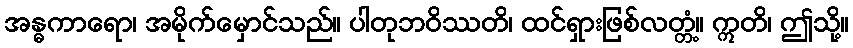
အန္ဓကာရော၊ အမိုက်မှောင်သည်။ ပါတုဘဝိဿတိ၊ ထင်ရှားဖြစ်လတ္တံ့။ ဣတိ၊ ဤသို့။